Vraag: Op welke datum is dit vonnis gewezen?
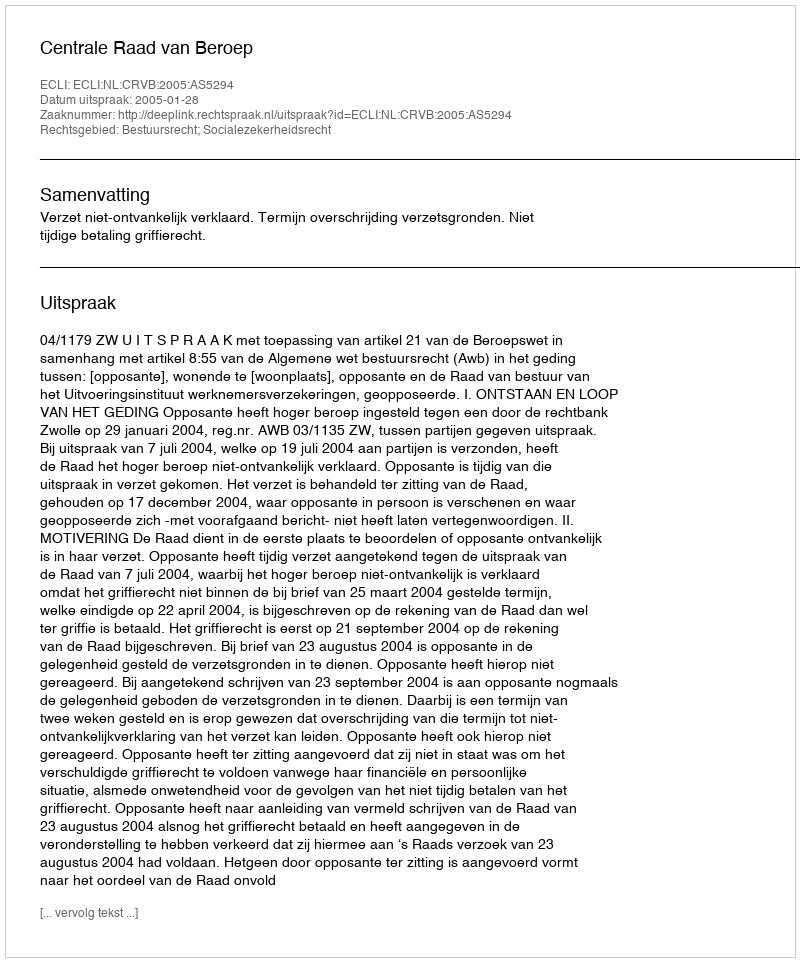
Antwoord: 2005-01-28